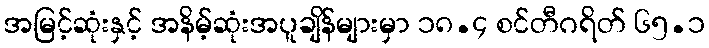
အမြင့်ဆုံးနှင့် အနိမ့်ဆုံးအပူချိန်များမှာ ၁၈.၄ စင်တီဂရိတ် ၆၅.၁